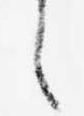
之